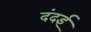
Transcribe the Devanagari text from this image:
दंदई